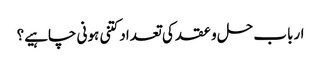
ارباب حل و عقد کی تعداد کتنی ہونی چاہیے؟